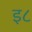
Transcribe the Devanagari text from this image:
इ८